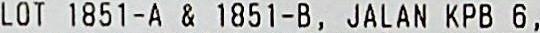
LOT 1851-A & 1851-B, JALAN KPB 6 ,